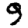
Digit: 3